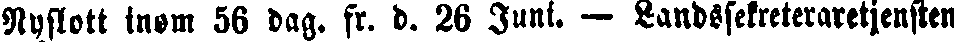
Nyslott inom 56 dag. fr. d. 26 Juni. — Landsselreteraretjensten